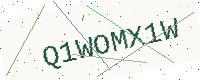
Text: Q1WOMX1W